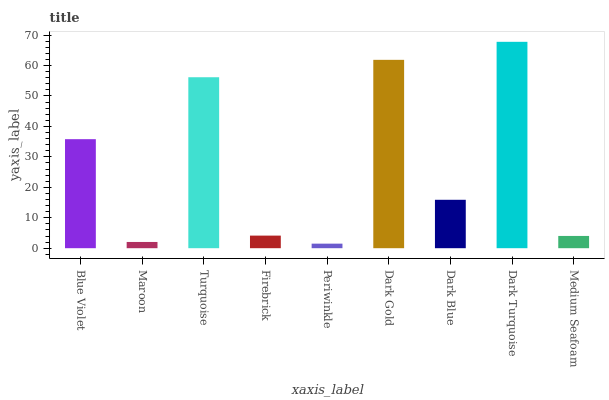
| xaxis_label | bars |
 | --- | --- |
 | Blue Violet | 35.8 |
 | Maroon | 2.05 |
 | Turquoise | 56.1 |
 | Firebrick | 4.13 |
 | Periwinkle | 1.49 |
 | Dark Gold | 61.8 |
 | Dark Blue | 15.9 |
 | Dark Turquoise | 67.8 |
 | Medium Seafoam | 4.03 |